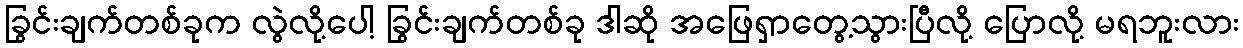
ခြွင်းချက်တစ်ခုက လွဲလို့ပေါ့ ခြွင်းချက်တစ်ခု ဒါဆို အဖြေရှာတွေ့သွားပြီလို့ ပြောလို့ မရဘူးလား